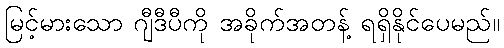
မြင့်မားသော ဂျီဒီပီကို အခိုက်အတန့် ရရှိနိုင်ပေမည်။